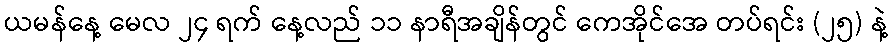
ယမန်နေ့ မေလ ၂၄ ရက် နေ့လည် ၁၁ နာရီအချိန်တွင် ကေအိုင်အေ တပ်ရင်း (၂၅) နဲ့